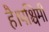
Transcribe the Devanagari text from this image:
है।पश्चिमी